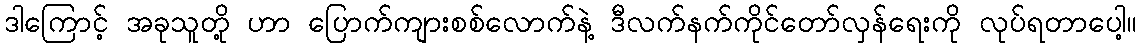
ဒါကြောင့် အခုသူတို့ ဟာ ပြောက်ကျားစစ်လောက်နဲ့ ဒီလက်နက်ကိုင်တော်လှန်ရေးကို လုပ်ရတာပေါ့။